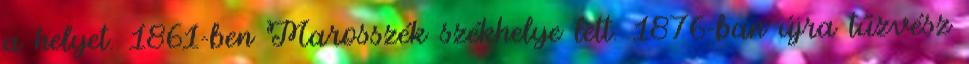
a helyet. 1861-ben Marosszék székhelye lett. 1876-ban újra tűzvész